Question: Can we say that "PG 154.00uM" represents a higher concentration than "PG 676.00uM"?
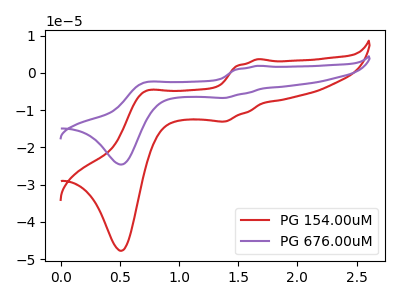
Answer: <think>The red curve "PG 154.00uM" has anodic peaks at (1.65V, 3.65uA) (0.70V, -5.05uA) and cathodic peaks at (1.40V, -13.05uA) (0.50V, -47.75uA). The purple curve "PG 676.00uM" has anodic peaks at (1.65V, 1.90uA) (0.70V, -2.60uA) and cathodic peaks at (1.40V, -6.75uA) (0.50V, -24.60uA).
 All the peaks in "PG 154.00uM" have a peak in "PG 676.00uM" at the same potential.</think>
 <answer>I cant tell if "PG 154.00uM" or "PG 676.00uM" has higher concentration.</answer>
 <eval>mixed_concentration</eval>